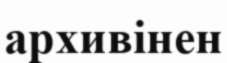
архивінен